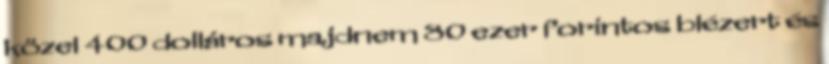
közel 400 dolláros majdnem 80 ezer forintos blézert és